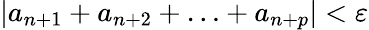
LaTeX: |a_{n+1}+a_{n+2}+\ldots+a_{n+p}|<\varepsilon